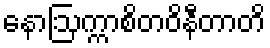
နောဩက္ကာစိတဝိနီတာတိ